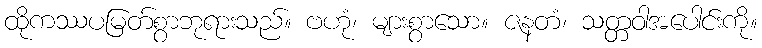
ထိုကဿပမြတ်စွာဘုရားသည်။ ဗဟုံ၊ များစွာသော။ ဇနတံ၊ သတ္တဝါအပေါင်းကို။